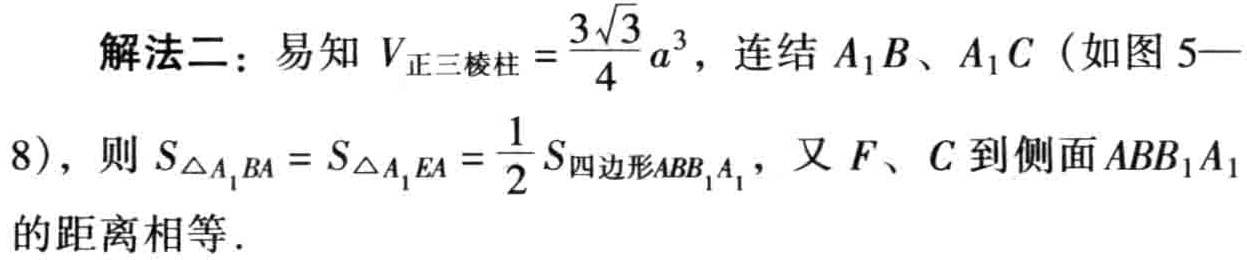
解法二：易知 \(V_{正三棱柱}=\frac{3\sqrt{3}}{4}a^{3}\)，连结 \(A_{1}B、A_{1}C\)（如图 5—8），则 \(S_{\triangle A_{1}BA}=S_{\triangle A_{1}EA}=\frac{1}{2}S_{四边形ABB_{1}A_{1}}\)，又 \(F、C\) 到侧面 \(ABB_{1}A_{1}\) 的距离相等．